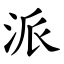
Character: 派